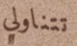
تتناولي